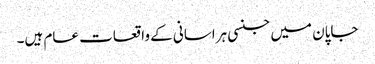
جاپان میں جنسی ہراسانی کے واقعات عام ہیں۔